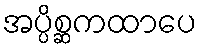
အပ္ပိစ္ဆကထာပေ